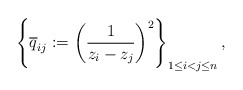
\begin{gather*} \left\{\overline{q}_{ij}:=\left({1 \over z_i-z_j} \right)^2\right\}_{1 \le i < j \le n},\end{gather*}